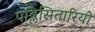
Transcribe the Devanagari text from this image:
पब्लिसितारियो